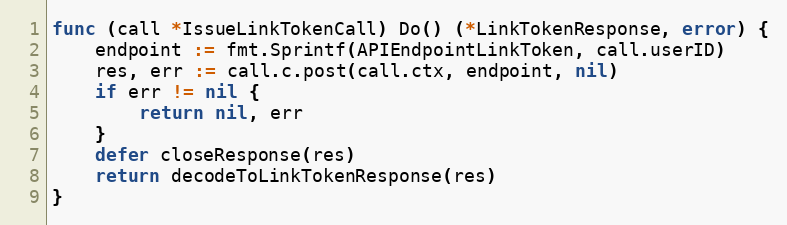
Language: Go
func (call *IssueLinkTokenCall) Do() (*LinkTokenResponse, error) {
	endpoint := fmt.Sprintf(APIEndpointLinkToken, call.userID)
	res, err := call.c.post(call.ctx, endpoint, nil)
	if err != nil {
		return nil, err
	}
	defer closeResponse(res)
	return decodeToLinkTokenResponse(res)
}